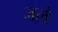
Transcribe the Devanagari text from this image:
जलै